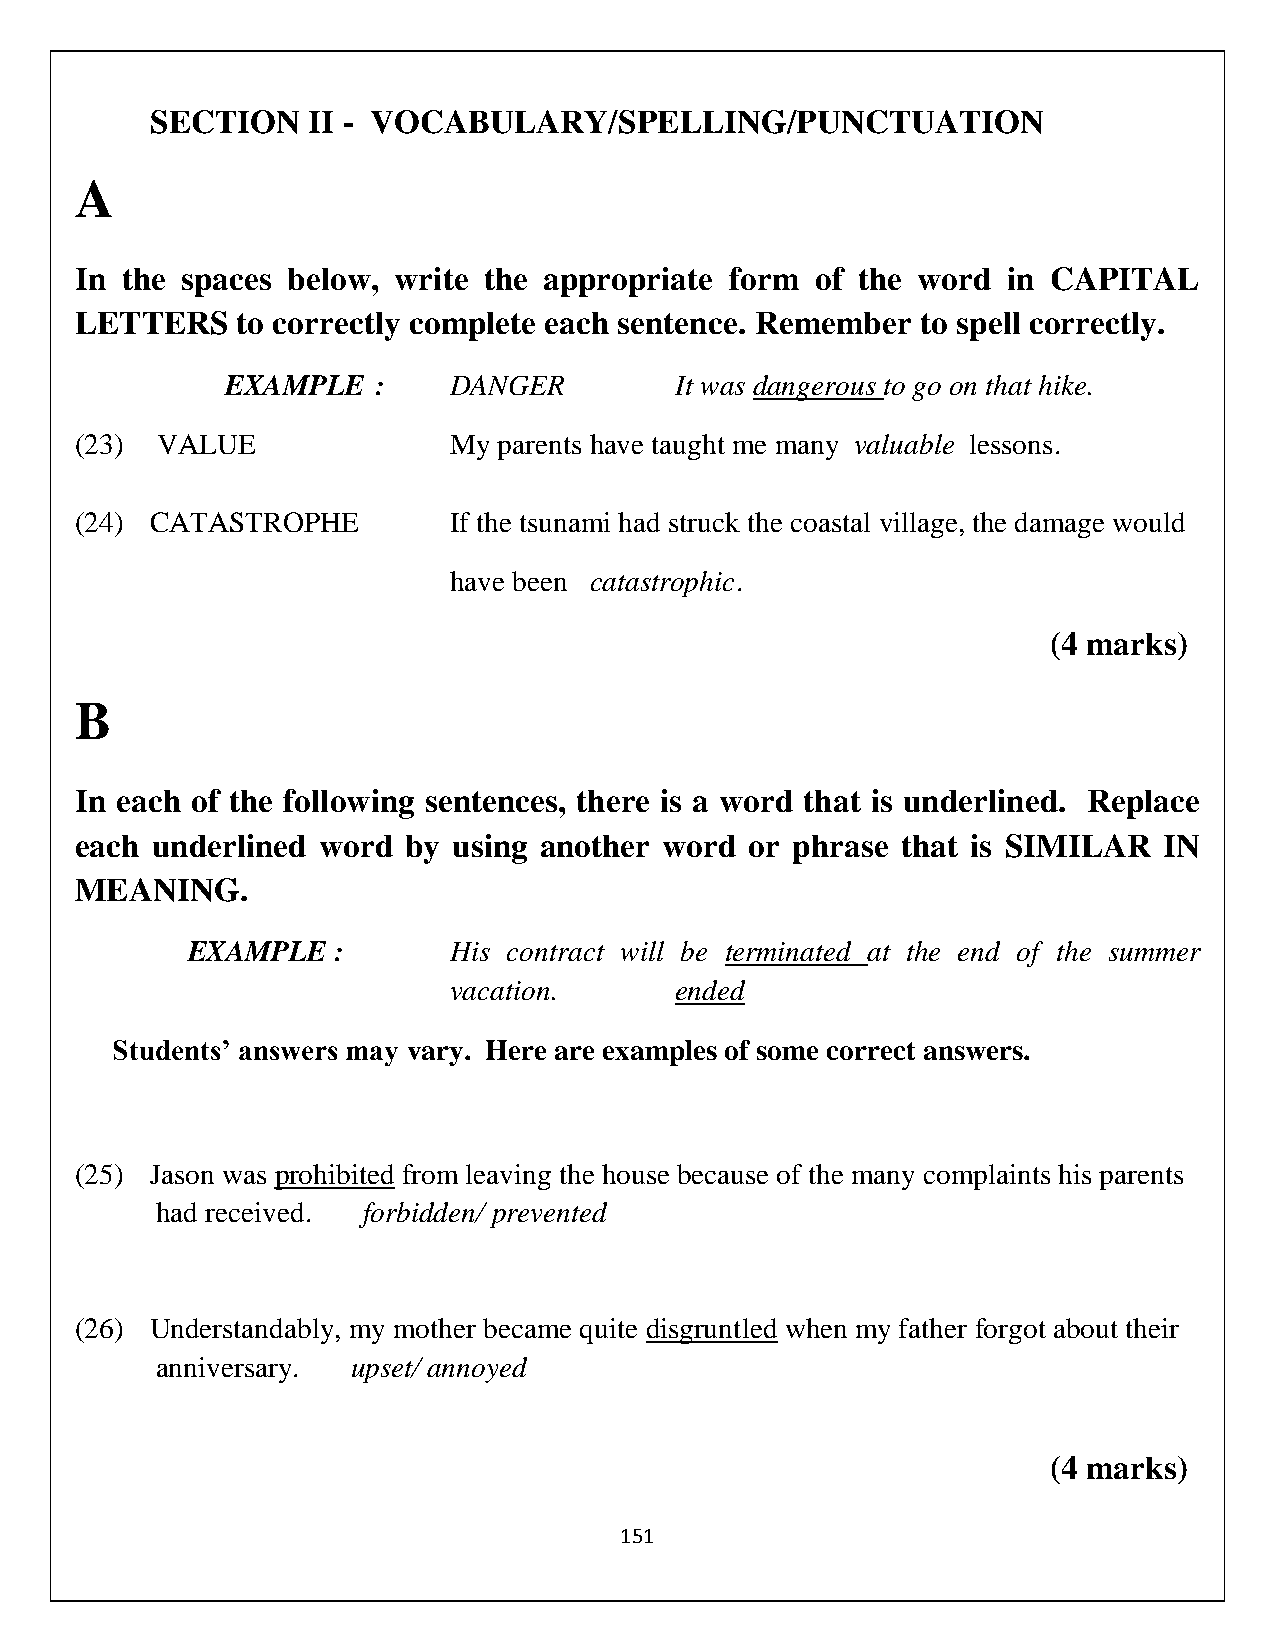
SECTION   II - VOCABULARY/SPELLING/PUNCTUATION
 A
 In the spaces below, write the appropriate form  of the word  in CAPITAL
 LETTERS    to correctly complete each sentence. Remember to spell correctly.
 EXAMPLE   :    DANGER         It was dangerous to go on that hike.
 (23) VALUE               My parents have taught me many valuable lessons.
 (24) CATASTROPHE         If the tsunami had struck the coastal village, the damage would
 have been catastrophic.
 (4 marks)
 B
 In each of the following sentences, there is a word that is underlined. Replace
 each underlined word  by using another word  or phrase that is SIMILAR  IN
 MEANING.
 EXAMPLE   :       His contract will be terminated at the end of the summer
 vacation.      ended
 Students’ answers may vary. Here are examples of some correct answers.
 (25) Jason was prohibited from leaving the house because of the many complaints his parents
 had received. forbidden/ prevented
 (26) Understandably, my mother became quite disgruntled when my father forgot about their
 anniversary. upset/ annoyed
 (4 marks)
 151